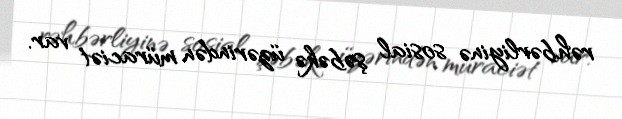
rəhbərliyinə sosial şəbəkə üzərindən müraciət var.